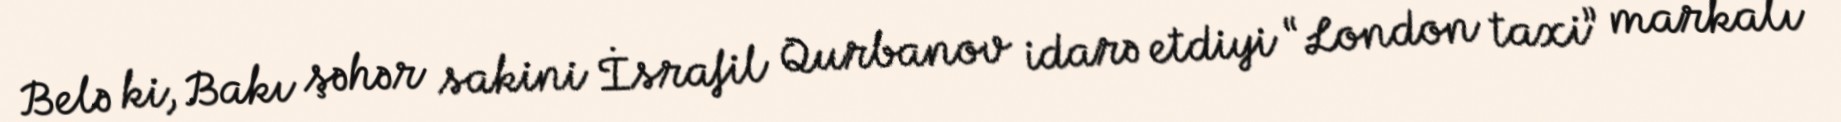
Belə ki, Bakı şəhər sakini İsrafil Qurbanov idarə etdiyi “London taxi” markalı